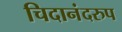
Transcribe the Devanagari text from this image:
चिदानंदरुप